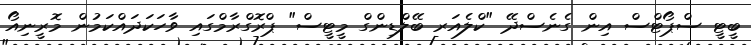
ބީޓީ ސްޕޯޓްސް އިން ގެނެސްދޭ "ކްލެއަރ ބޭލްޑިންގް މީޓީސް" ޕްރޮގްރާމްގައި ވާހަކަދައްކަމުން މޮރީނިއޯ